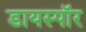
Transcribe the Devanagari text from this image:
डायस्पॉर